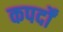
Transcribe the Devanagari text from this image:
कपर्दों